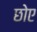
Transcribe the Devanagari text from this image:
छोए